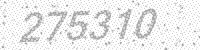
Solution: 275310